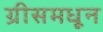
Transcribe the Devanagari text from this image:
ग्रीसमधून